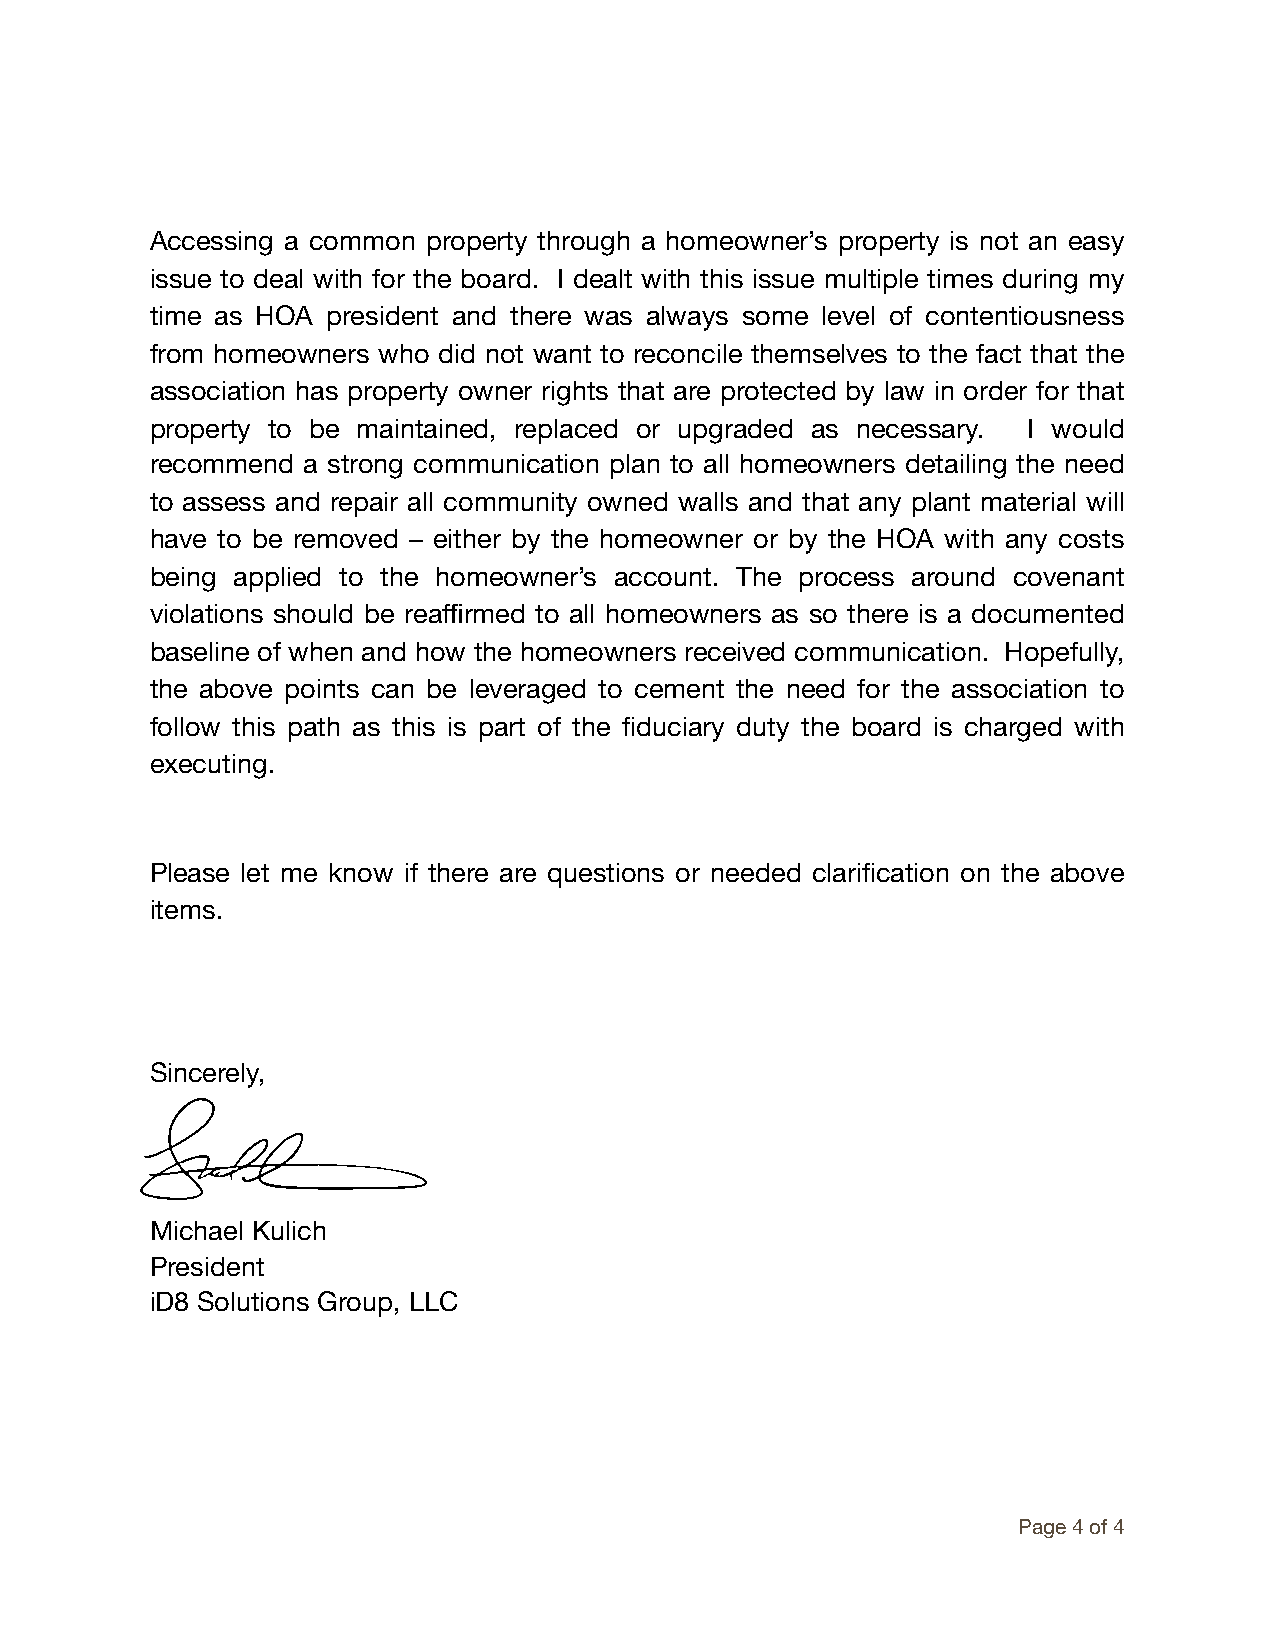
Accessing a common property through a homeowner’s property is not an easy
 issue to deal with for the board. I dealt with this issue multiple times during my
 time as HOA president and there was always some level of contentiousness
 from homeowners who did not want to reconcile themselves to the fact that the
 association has property owner rights that are protected by law in order for that
 property to be maintained, replaced or upgraded as necessary. I would
 recommend a strong communication plan to all homeowners detailing the need
 to assess and repair all community owned walls and that any plant material will
 have to be removed – either by the homeowner or by the HOA with any costs
 being applied to the homeowner’s account. The process around covenant
 violations should be reaffirmed to all homeowners as so there is a documented
 baseline of when and how the homeowners received communication. Hopefully,
 the above points can be leveraged to cement the need for the association to
 follow this path as this is part of the fiduciary duty the board is charged with
 executing.
 Please let me know if there are questions or needed clarification on the above
 items.
 Sincerely,
 Michael Kulich
 President
 iD8 Solutions Group, LLC
 Page 4 of 4